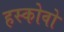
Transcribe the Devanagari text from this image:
हस्कोवो